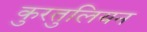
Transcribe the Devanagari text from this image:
कुरतुलियन